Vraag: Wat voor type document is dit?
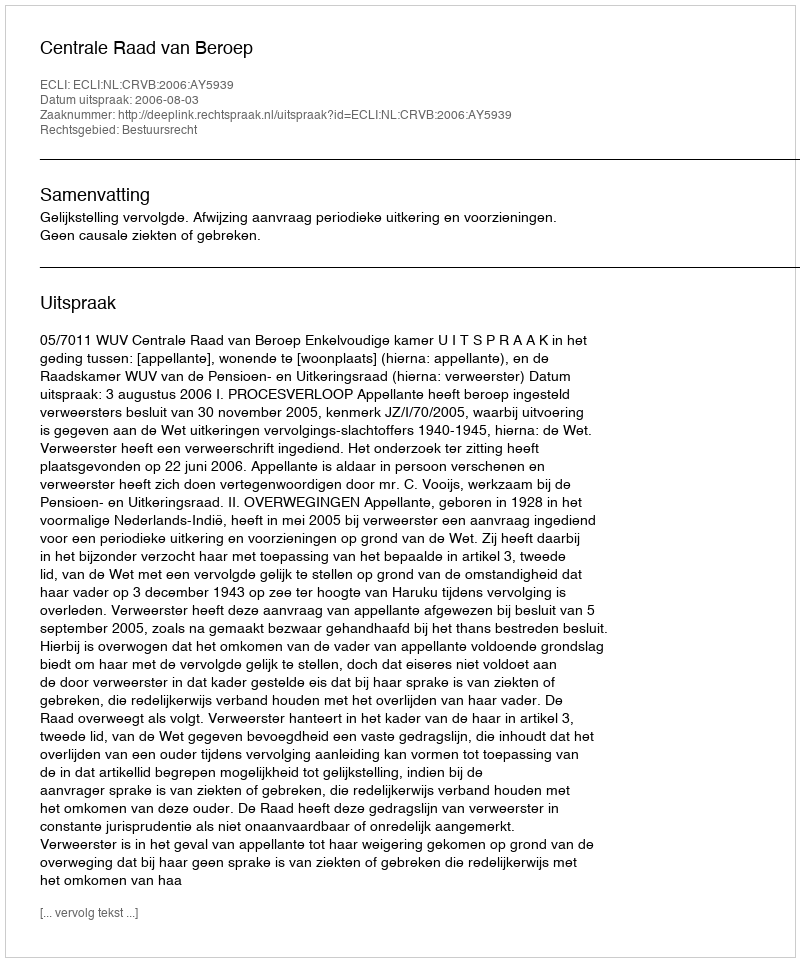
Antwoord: Uitspraak